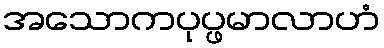
အသောကပုပ္ဖမာလာဟံ